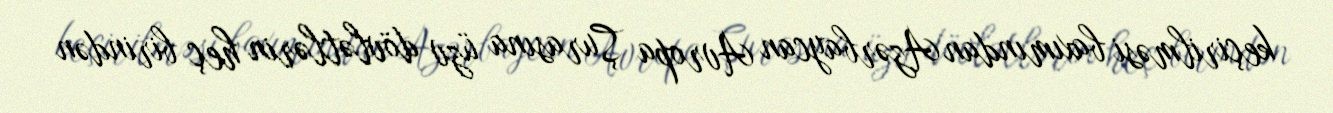
keçirilməsi baxımından Azərbaycan Avropa Şurasına üzv dövlətlərin heç birindən